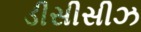
ડીસીસીઝ